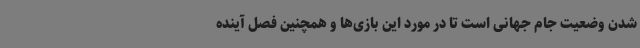
شدن وضعیت جام جهانی است تا در مورد این بازی‌ها و همچنین فصل آینده